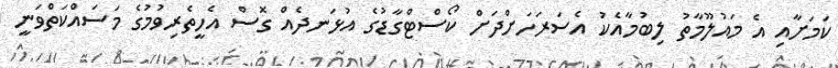
ކަމަށާއި އެ މައުލޫމާތު ލިބުމާއެކު އެސަރަހަށްދަށް ކޯސްޓްގާޑުގެ އުޅަނދެއް ގޮސް އެހީތެރިވުމުގެ މަސައްކަތްވަނީ